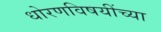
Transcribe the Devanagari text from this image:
धोरणविषयींच्या